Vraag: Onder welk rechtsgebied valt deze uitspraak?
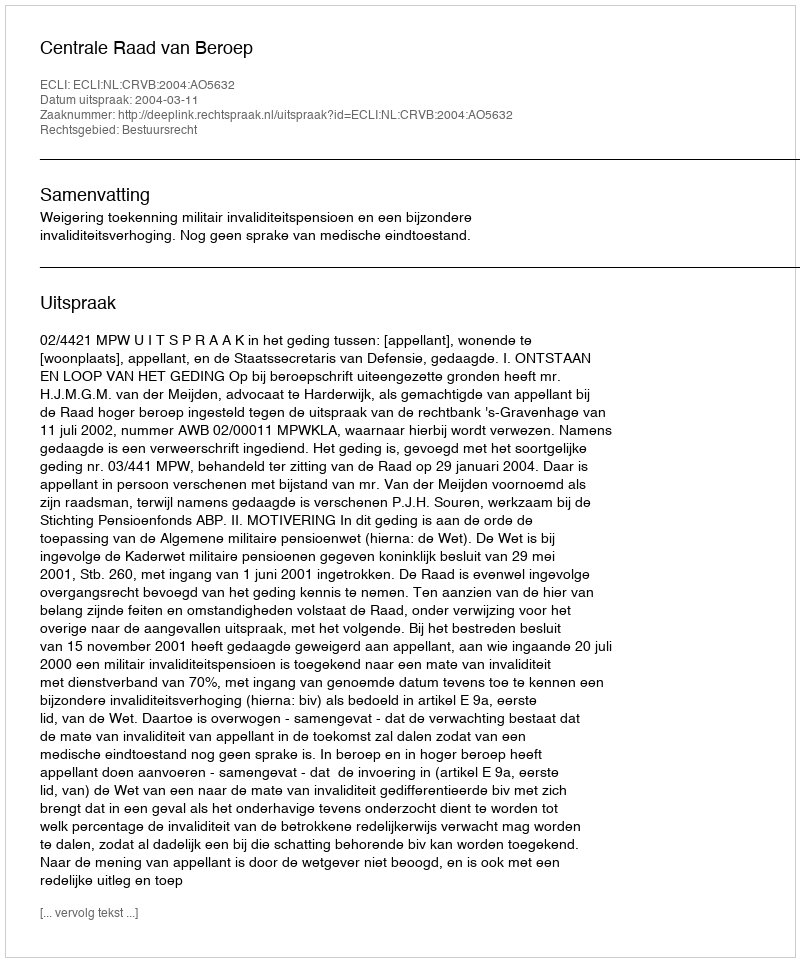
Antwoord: Bestuursrecht